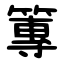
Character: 篿